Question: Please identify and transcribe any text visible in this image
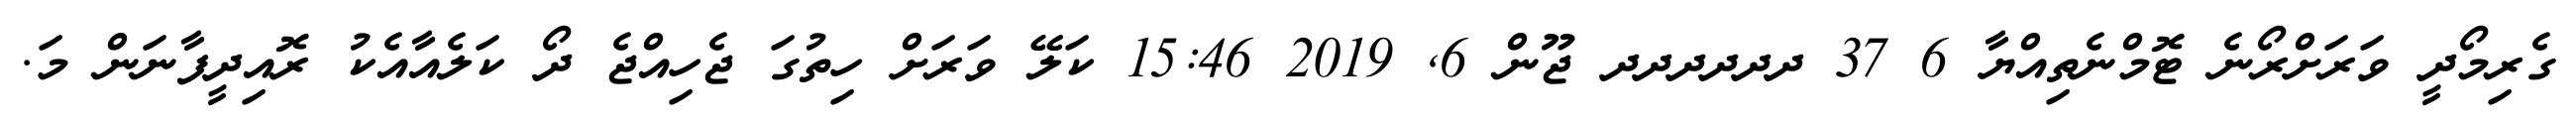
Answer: ގެރިމޯދީ ވަރަށްރޯނެ ޓޮމްނެތިއްޔާ 6 37 ދދދދދދ ޖޫން 6, 2019 15:46 ކަލޭ ވަރަށް ހިތުގަ ޖެހިއްޖެ ދޯ ކަލެއާއެކު ރޮއިދީފާނަން މަ.